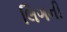
લિગની